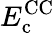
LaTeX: E_{\mathrm{c}}^{\mathrm{CC}}